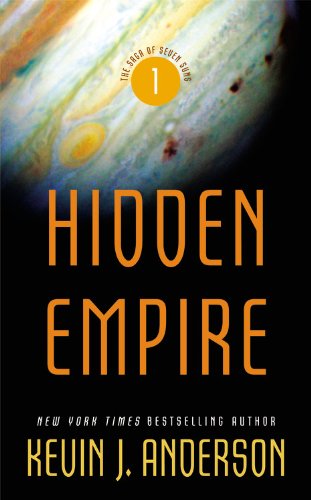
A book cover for Hidden Empire (The Saga of Seven Suns); Kevin J. Anderson; Romance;